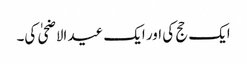
ایک حج کی اور ایک عید الاضحیٰ کی۔